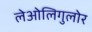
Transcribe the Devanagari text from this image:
लेओलिगुलोर